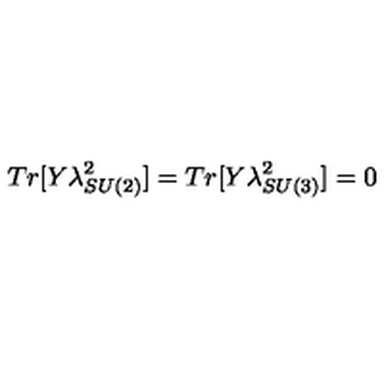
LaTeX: T r [ Y \lambda _ { S U ( 2 ) } ^ { 2 } ] = T r [ Y \lambda _ { S U ( 3 ) } ^ { 2 } ] = 0